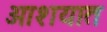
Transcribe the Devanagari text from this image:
आशयात